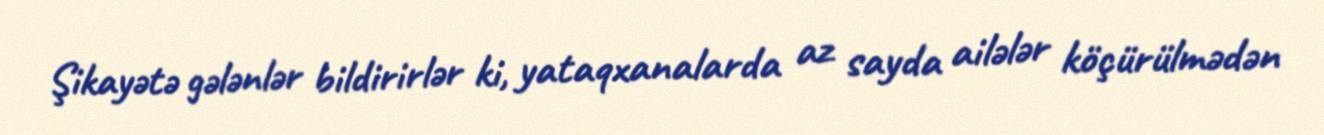
Şikayətə gələnlər bildirirlər ki, yataqxanalarda az sayda ailələr köçürülmədən